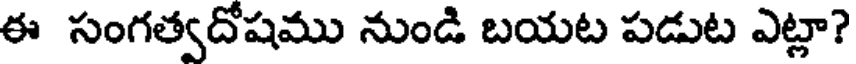
ఈ సంగత్వదోషము నుండి బయట పడుట ఎట్లా?